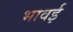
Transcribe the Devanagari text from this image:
भावई